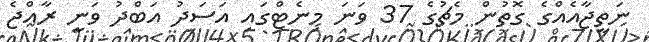
ނަތީޖާއެއްގެ ގޮތުން މެޗުގެ 37 ވަނަ މިނެޓްގައި އަސަދު އަބްދު ވަނީ ރާއްޖެ